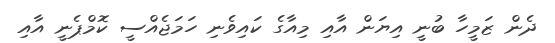
ދެން ޒަމީހާ ބުނީ އިޔަން އާއި މިއާގެ ކައިވެނި ހަމަޖެއްސީ ކޮމްޕެނީ އާއި